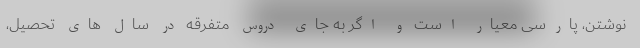
نوشتن، پارسی معیار است و اگر به جای دروس متفرقه در سال های تحصیل،